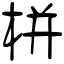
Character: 栟